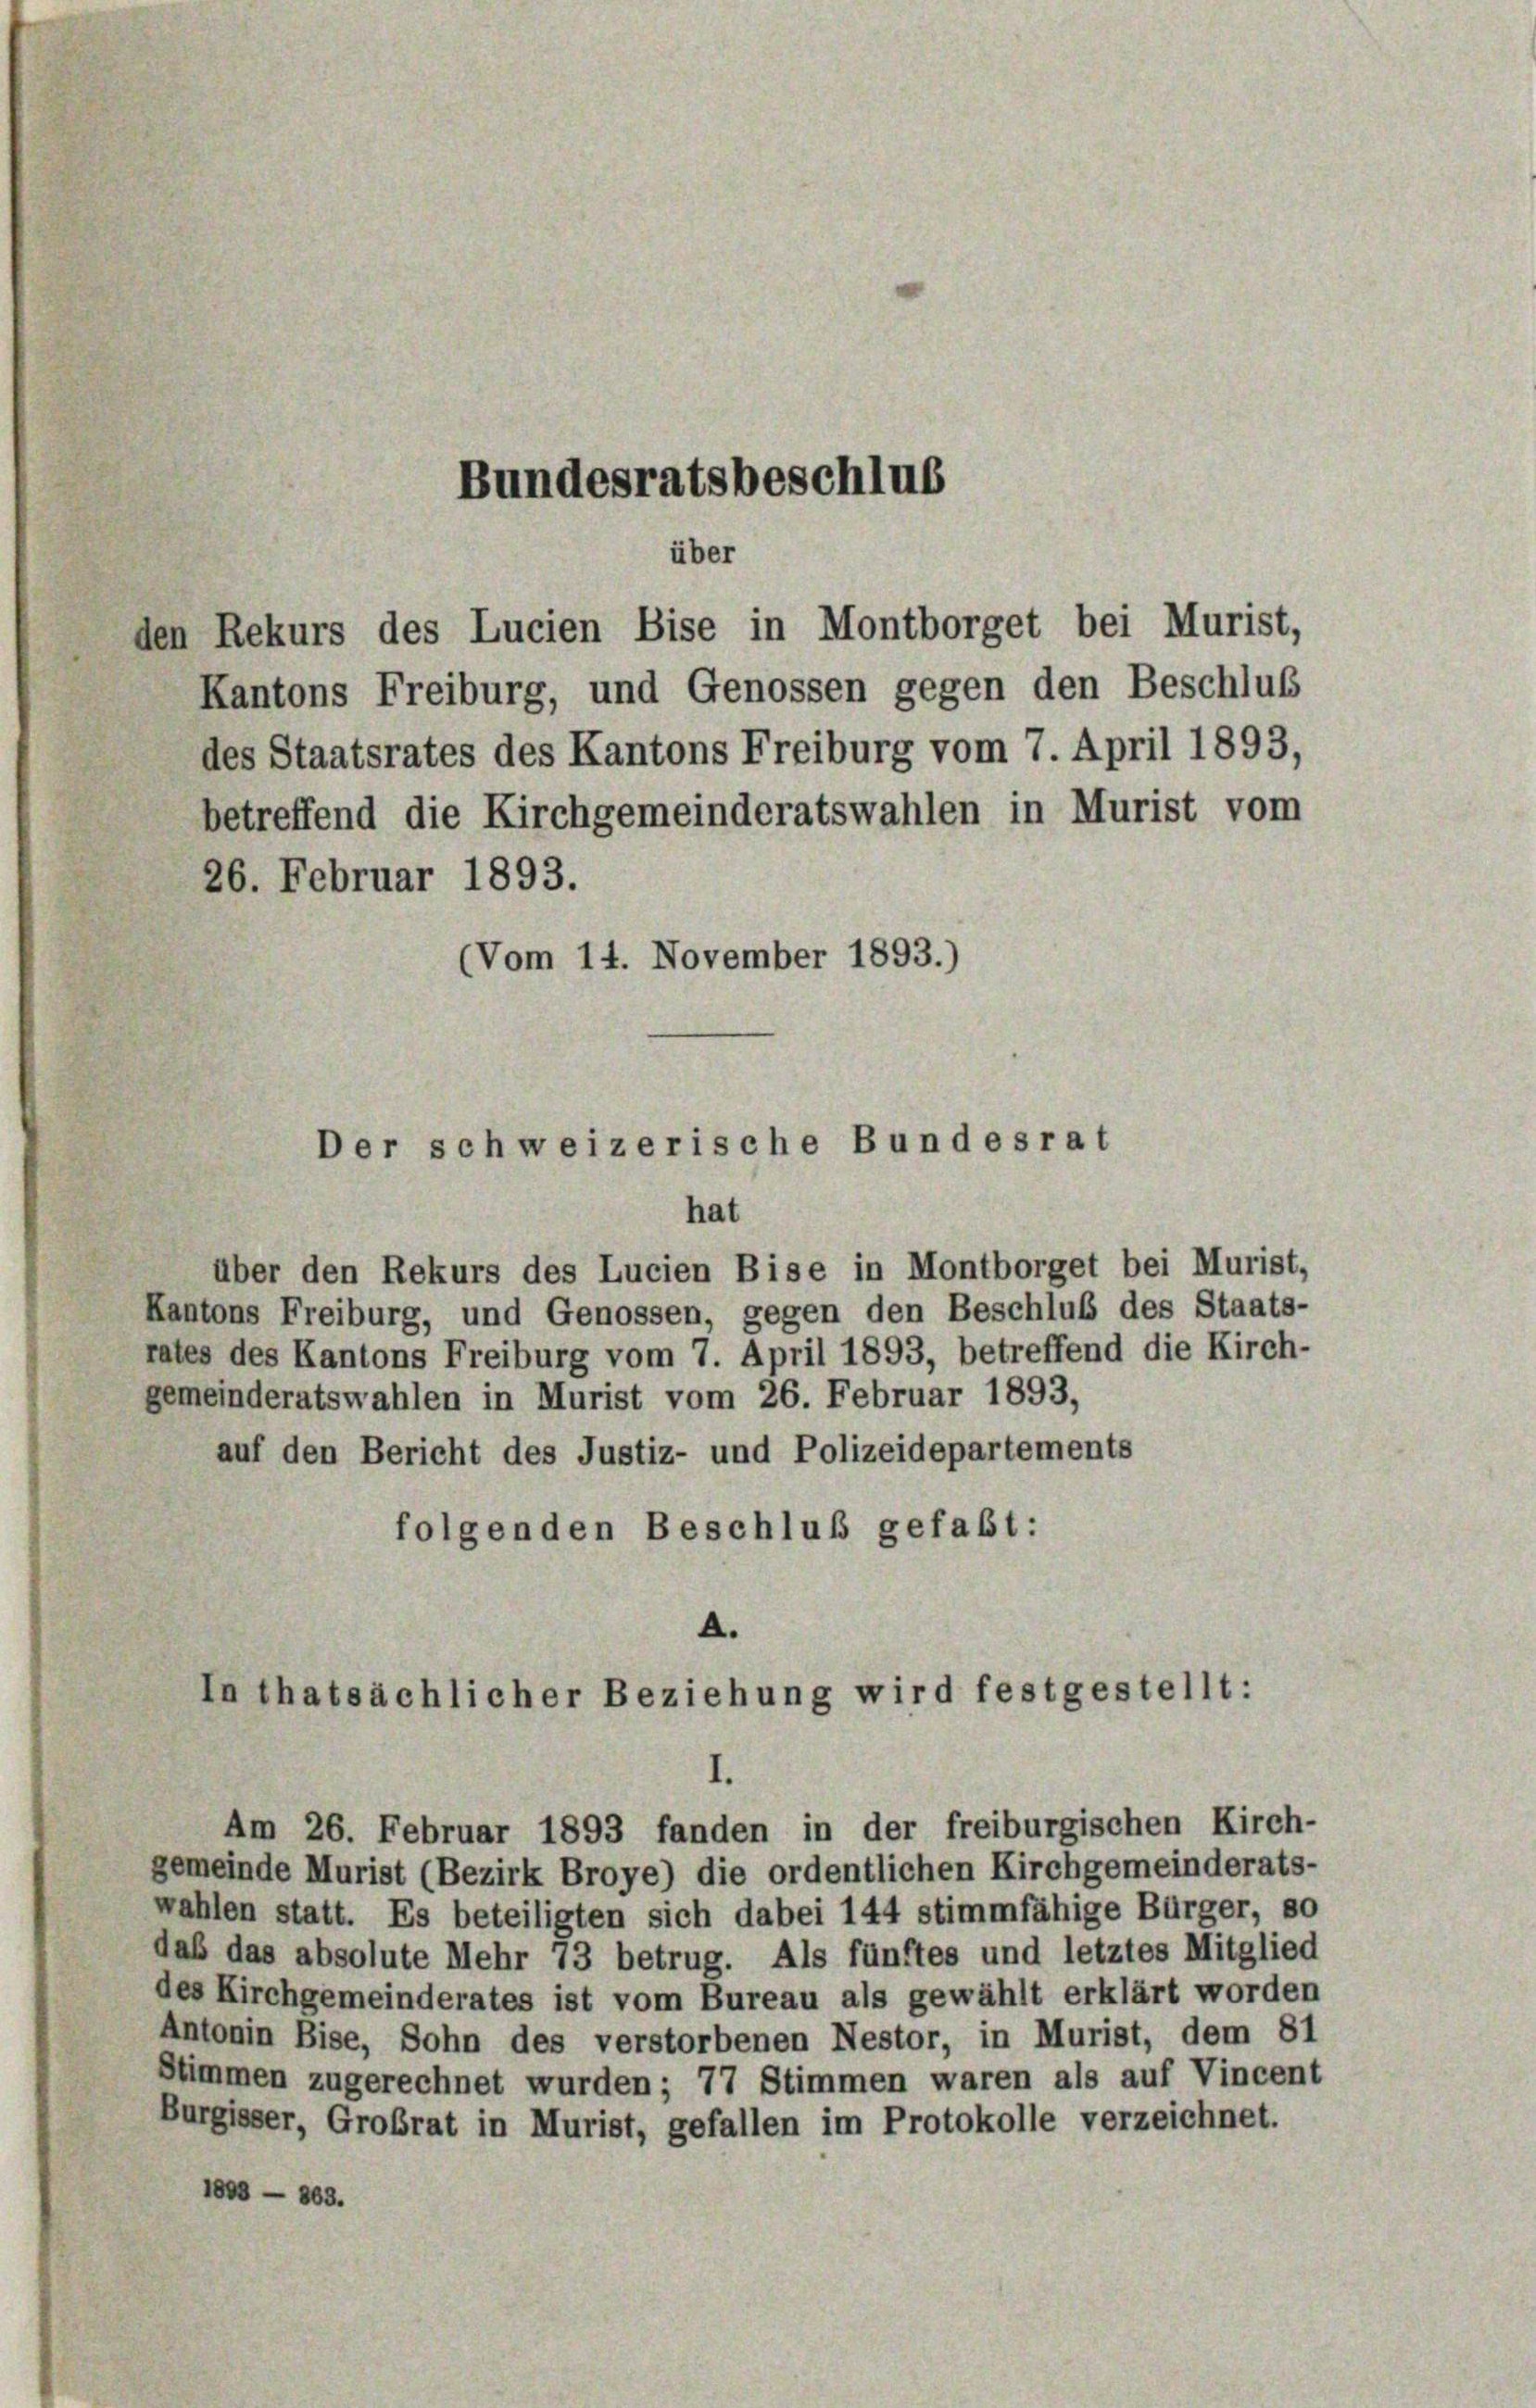
Kantons Freiburg, und Genossen gegen den Beschlus
des Staatsrates des Kantons Freiburg vom 7. April 1893,
betreffend die Kirchgemeinderatswahlen in Murist vom
26. Februar 1893.
(Vom 14. November 1893.)

Bundesratsbeschlus

über
den Rekurs des Lucien Bise in Montborget bei Murist,

Der schweizerische Bundesrat
hat

über den Rekurs des Lucien Bise in Montborget bei Murist,
Kantons Freiburg, und Genossen, gegen den Beschluß des Staats-
rates des Kantons Freiburg vom 7. April 1893, betreffend die Kirch-
gemeinderatswahlen in Murist vom 26. Februar 1893,
auf den Bericht des Justiz- und Polizeidepartements
folgenden Beschluß gefaßt:

A.
In thatsächlicher Beziehung wird festgestellt:

1800 — 863.

Am 26. Februar 1893 fanden in der freiburgischen Kirch-
gemeinde Murist (Bezirk Broye) die ordentlichen Kirchgemeinderats-
wahlen statt. Es beteiligten sich dabei 144 stimmfähige Bürger, so
daß das absolute Mehr 13 betrug. Als fünftes und letztes Mitglied
des Kirchgemeinderates ist vom Bureau als gewählt erklärt worden
Antonin Bise, Sohn des verstorbenen Nestor, in Murist, dem 81
Stimmen zugerechnet wurden; 77 Stimmen waren als auf Vincent
Burgisser, Großrat in Murist, gefallen im Protokolle verzeichnet.